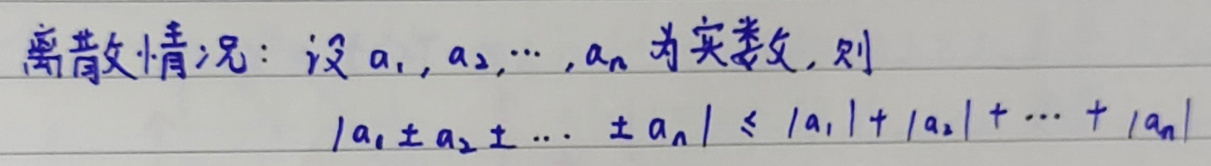
离散情况：设\( a_1,a_2,\cdots,a_n \)为实数，则

\[\vert a_1\pm a_2\pm\cdots\pm a_n\vert\leq\vert a_1\vert+\vert a_2\vert+\cdots+\vert a_n\vert\]